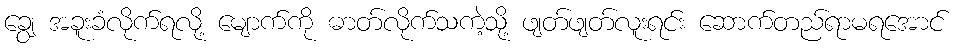
ချွေ အခူးခံလိုက်ရလို့ မျောက်ကို ဓာတ်လိုက်သကဲ့သို့ ဖျတ်ဖျတ်လူးရင်း ဆောက်တည်ရာမရအောင်